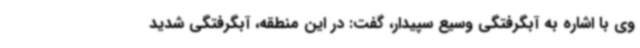
وی با اشاره به آبگرفتگی وسیع سپیدار، گفت: در این منطقه، آبگرفتگی شدید